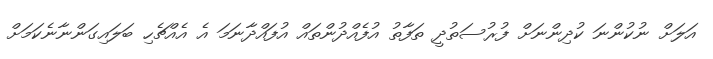
އަލަށް ނުކުންނަ ކުދިންނަށް ފުރުސަތުދީ ތަފާތު އުފެއްދުންތައް އުފައްދާނަމަ އެ އެއްޗެހި ބަލައިގަންނާނެކަމަށް